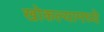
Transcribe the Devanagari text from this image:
खोकल्यामध्ये